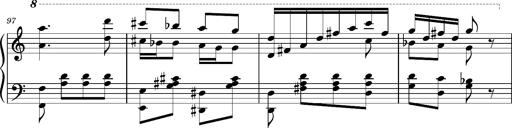
Title: Ungarischer Romanzero
Composer: Franz Liszt